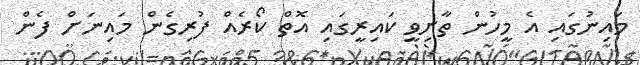
މައިނުގައި އެ މީހުން ތާށިވީ ކައިރީގައި އޮތް ކޯރެއް ފުރިގެން މައިނަށް ފެން